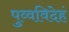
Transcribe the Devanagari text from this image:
पुव्वविदेहं